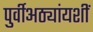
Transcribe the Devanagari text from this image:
पुर्वीअठ्यांयशीं